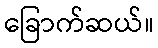
ခြောက်ဆယ်။